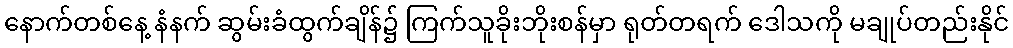
နောက်တစ်နေ့ နံနက် ဆွမ်းခံထွက်ချိန်၌ ကြက်သူခိုးဘိုးစန်မှာ ရုတ်တရက် ဒေါသကို မချုပ်တည်းနိုင်